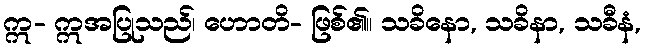
ဣ- ဣအပြုသည်၊ ဟောတိ- ဖြစ်၏။ သခိနော, သခိနာ, သခီနံ,